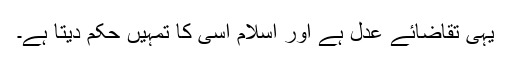
یہی تقاضائے عدل ہے اور اسلام اسی کا تمہیں حکم دیتا ہے۔